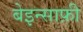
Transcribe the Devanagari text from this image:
बेइन्साफ़ी